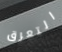
التعرق